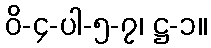
ဝိ-၄-ပါ-၅-၇၊ ဋ္ဌ-၁။